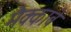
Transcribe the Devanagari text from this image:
मैक्काबे